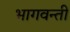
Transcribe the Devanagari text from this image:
भागवन्ती